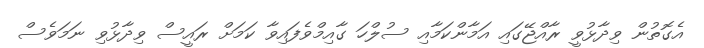
އެގޮތުން ވިދާޅުވީ ރާއްޖޭގައި އަމާންކަމާއި ސުލްހަ ގާއިމްވެފައިވާ ކަމަށް ރައީސް ވިދާޅުވި ނަމަވެސް